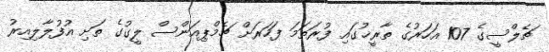
ޗެލްސީގެ 107 އަހަރުގެ ތާރީޚުގައި ފުރަތަމަ ފަހަރަށް ޗެމްޕިއަންސް ލީގުގެ ތަށި އުފުލާލިއިރު